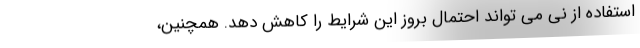
استفاده از نی می تواند احتمال بروز این شرایط را کاهش دهد. همچنین،